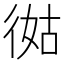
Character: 㣨